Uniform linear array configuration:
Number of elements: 64
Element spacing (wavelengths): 1
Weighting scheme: uniform
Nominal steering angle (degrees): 45
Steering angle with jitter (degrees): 46.357
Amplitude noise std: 0.05
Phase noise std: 0.05

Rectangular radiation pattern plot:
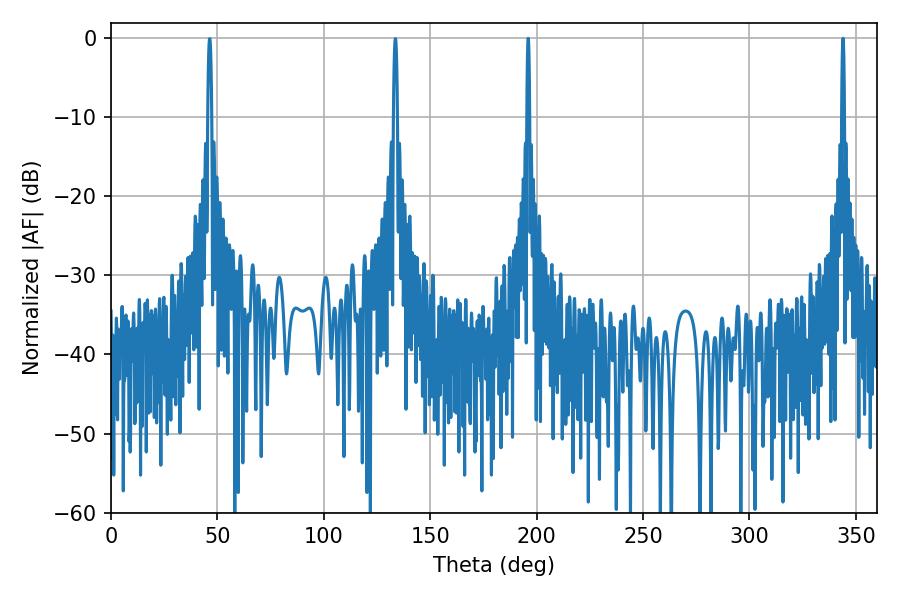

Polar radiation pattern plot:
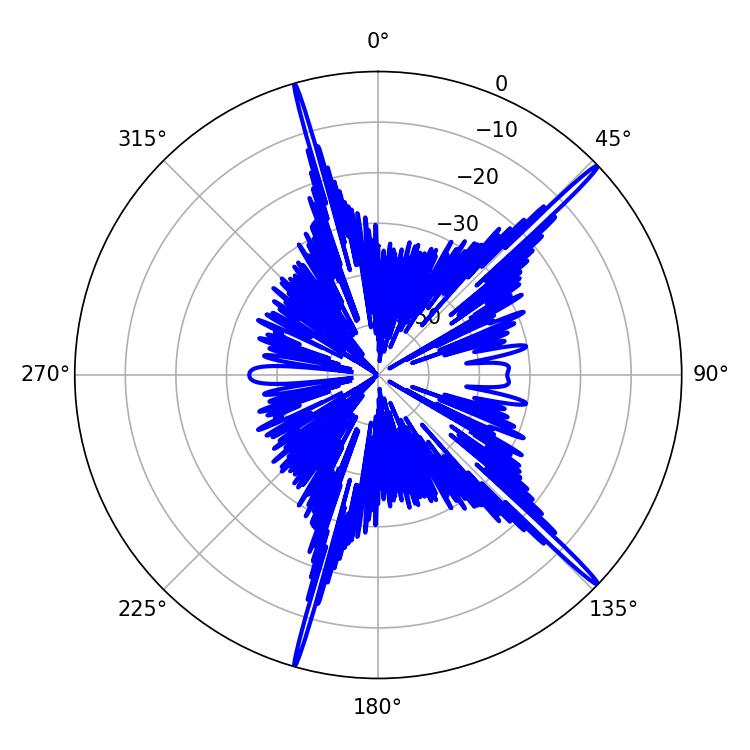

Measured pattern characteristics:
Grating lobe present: TRUE
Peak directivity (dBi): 19.232
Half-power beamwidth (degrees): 0.72
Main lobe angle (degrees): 196.02